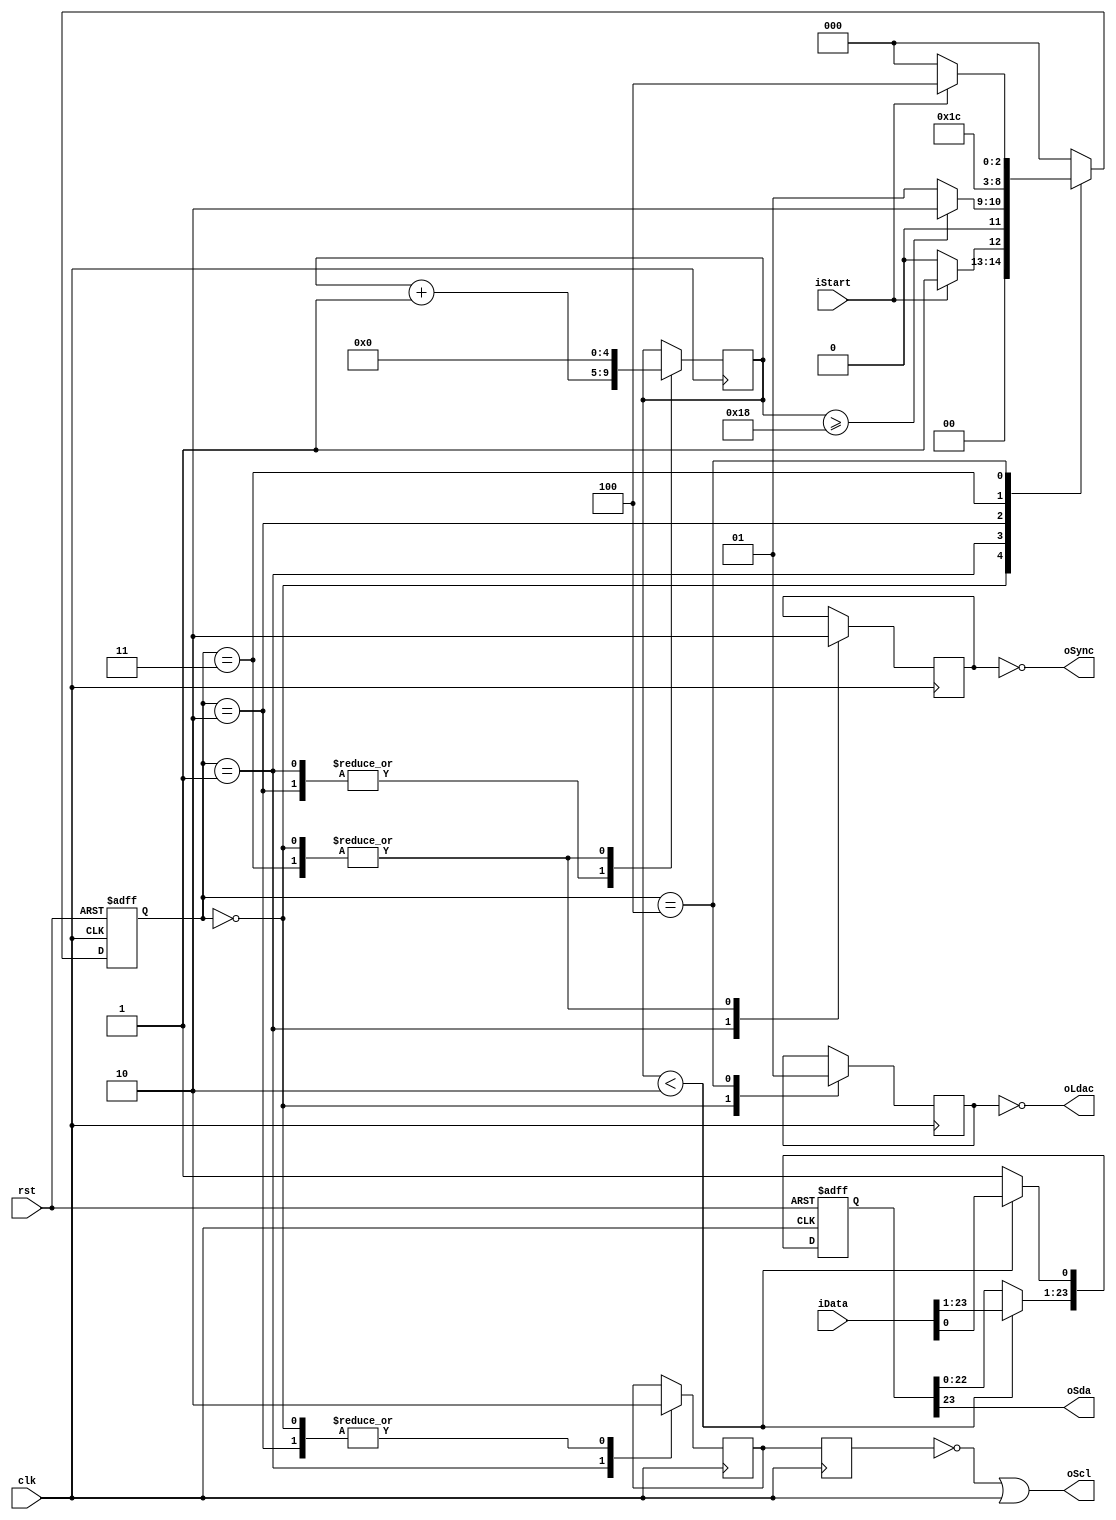

module ad5681_driver (clk, rst, iData, iStart, oSync, oScl, oSda, oLdac);

//******************************************
//***** PINOUT
//******************************************
	input  clk;
	input  rst;
	
	input  [23:0] iData;
	input  iStart;
	
	output oScl;
	output oSda;
	output oSync;
	output oLdac;
	
	
//******************************************
//***** VARIABLES
//******************************************
	reg  [2:0]  state = 0;
	reg  [2:0]  next_state = 0;
	reg  [23:0] shdata =0;
	reg  [4:0]  bcnt =0; 			// bit counter
	reg  sclk_en = 0;
   reg  sclk_en_i = 0;
	reg  csel = 0;
	reg  ldac = 0;


//******************************************
//***** CONNECTIONS
//******************************************

	assign oScl = ~sclk_en_i | clk;
	assign oSync = ~csel;
	assign oLdac = ~ldac;
	assign oSda = shdata[23];
	always @(posedge clk)begin sclk_en_i <= sclk_en; end


//******************************************
//***** SHIFT REGISTER
//******************************************

	always @(posedge rst or posedge clk)
	begin
		if(rst)
		begin
			shdata <= 0;
		end
		else begin
			if(bcnt < 2) 
			begin
				shdata <= iData;
			end
			else begin
				shdata[0] <= 1'b1;
				shdata[23:1] <= shdata[22:0];
			end
		end
	end




//******************************************
//***** FSM
//******************************************
	always @(posedge rst or posedge clk) 
	begin
		if(rst) state <= 0;
		else state <= next_state;
	end
	
	always @(*)
	begin
		case(state)
			0: 
			begin
				if(iStart) next_state = 1;
				else next_state = 0;
			end
			1:
			begin
				if(bcnt >= 24) next_state = 2;
				else next_state = 1;
			end
			2:
			begin
				next_state = 3;
			end
			3:
			begin
				next_state = 4;
			end
			4:
			begin
				if(!iStart) next_state = 0;
				else next_state = 4;
			end
			default: next_state = 0;
		endcase
	end

//State handler
	always @(negedge clk)
	begin
		case(state)		
			0: 		// Reset
			begin
				bcnt <= 0;
				sclk_en <= 0;
				csel <= 0;
				ldac <= 0;
			end
			1:
			begin
				sclk_en <= 1'b1;
				csel <= 1'b1;
				bcnt <= bcnt + 1'b1;
			end
			2:
			begin
				sclk_en <= 0;
				bcnt <= bcnt + 1'b1;
			end
			3:
			begin
				csel <= 0;
				bcnt <= 0;
			end
			4:
			begin
				ldac <= 1'b1;
			end
		endcase
	end

	
	
	

endmodule